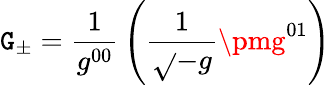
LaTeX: {\cal\mathtt{G}_{\pm}}={\frac{{1}}{{g^{00}}}}\left({\frac{{1}}{{\sqrt{}{{-g}}}}}\pmg^{01}\right)